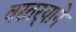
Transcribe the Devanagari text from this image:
वस्तर्‍याने